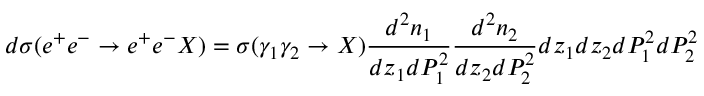
d \sigma ( e ^ { + } e ^ { - } \rightarrow e ^ { + } e ^ { - } X ) = \sigma ( \gamma _ { 1 } \gamma _ { 2 } \rightarrow X ) \frac { d ^ { 2 } n _ { 1 } } { d z _ { 1 } d P _ { 1 } ^ { 2 } } \frac { d ^ { 2 } n _ { 2 } } { d z _ { 2 } d P _ { 2 } ^ { 2 } } d z _ { 1 } d z _ { 2 } d P _ { 1 } ^ { 2 } d P _ { 2 } ^ { 2 }